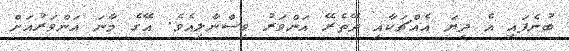
ބުނެފައި އެ ދިޔަ އެއްޗަކާއި ދޭތެރޭ އަންވަރު ވިސްނާލިއެވެ. އޭގެ މާނަ އަންވަރުއަށް